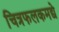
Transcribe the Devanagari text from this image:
चित्रफलकमद्ये